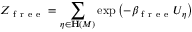
Z _ { \mathrm { ~ f ~ r ~ e ~ e ~ } } = \sum _ { \eta \in \mathbf { H } \left( M \right) } \exp \left( - \beta _ { \mathrm { ~ f ~ r ~ e ~ e ~ } } U _ { \eta } \right)